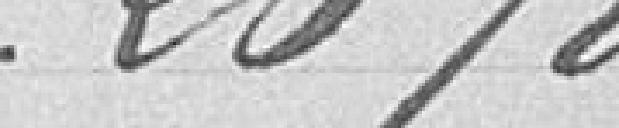
20 %